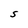
Character: S